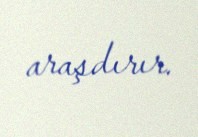
araşdırır.